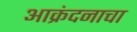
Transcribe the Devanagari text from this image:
आक्रंदनाचा